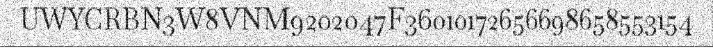
UWYCRBN3W8VNM9202047F36010172656698658553154